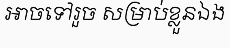
អាចទៅរួច សម្រាប់ខ្លួនឯង